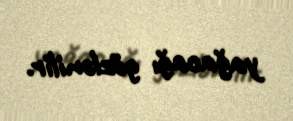
yağacağı gözlənilir.